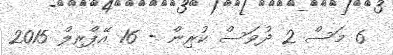
6 މަސް 2 ދުވަސް ކުރިން - 16 އޭޕްރިލް 2015